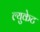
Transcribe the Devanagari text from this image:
ल्युकेट